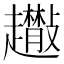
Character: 𧾬